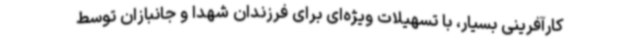
کارآفرینی بسیار، با تسهیلات ویژه‌ای برای فرزندان شهدا و جانبازان توسط